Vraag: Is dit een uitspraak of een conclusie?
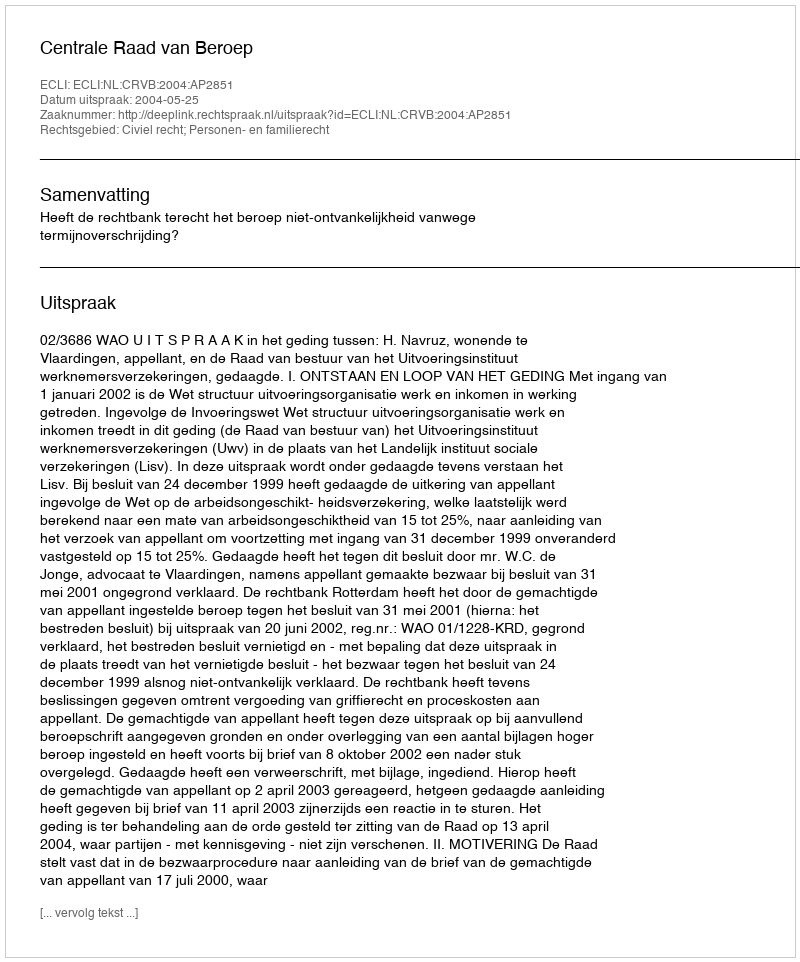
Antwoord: Uitspraak